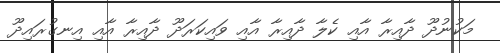
މަކުނުދޫ ދާއިރާ އާއި ކެލާ ދާއިރާ އާއި ވައިކަރަދޫ ދާއިރާ އާއި އިނގުރައިދޫ